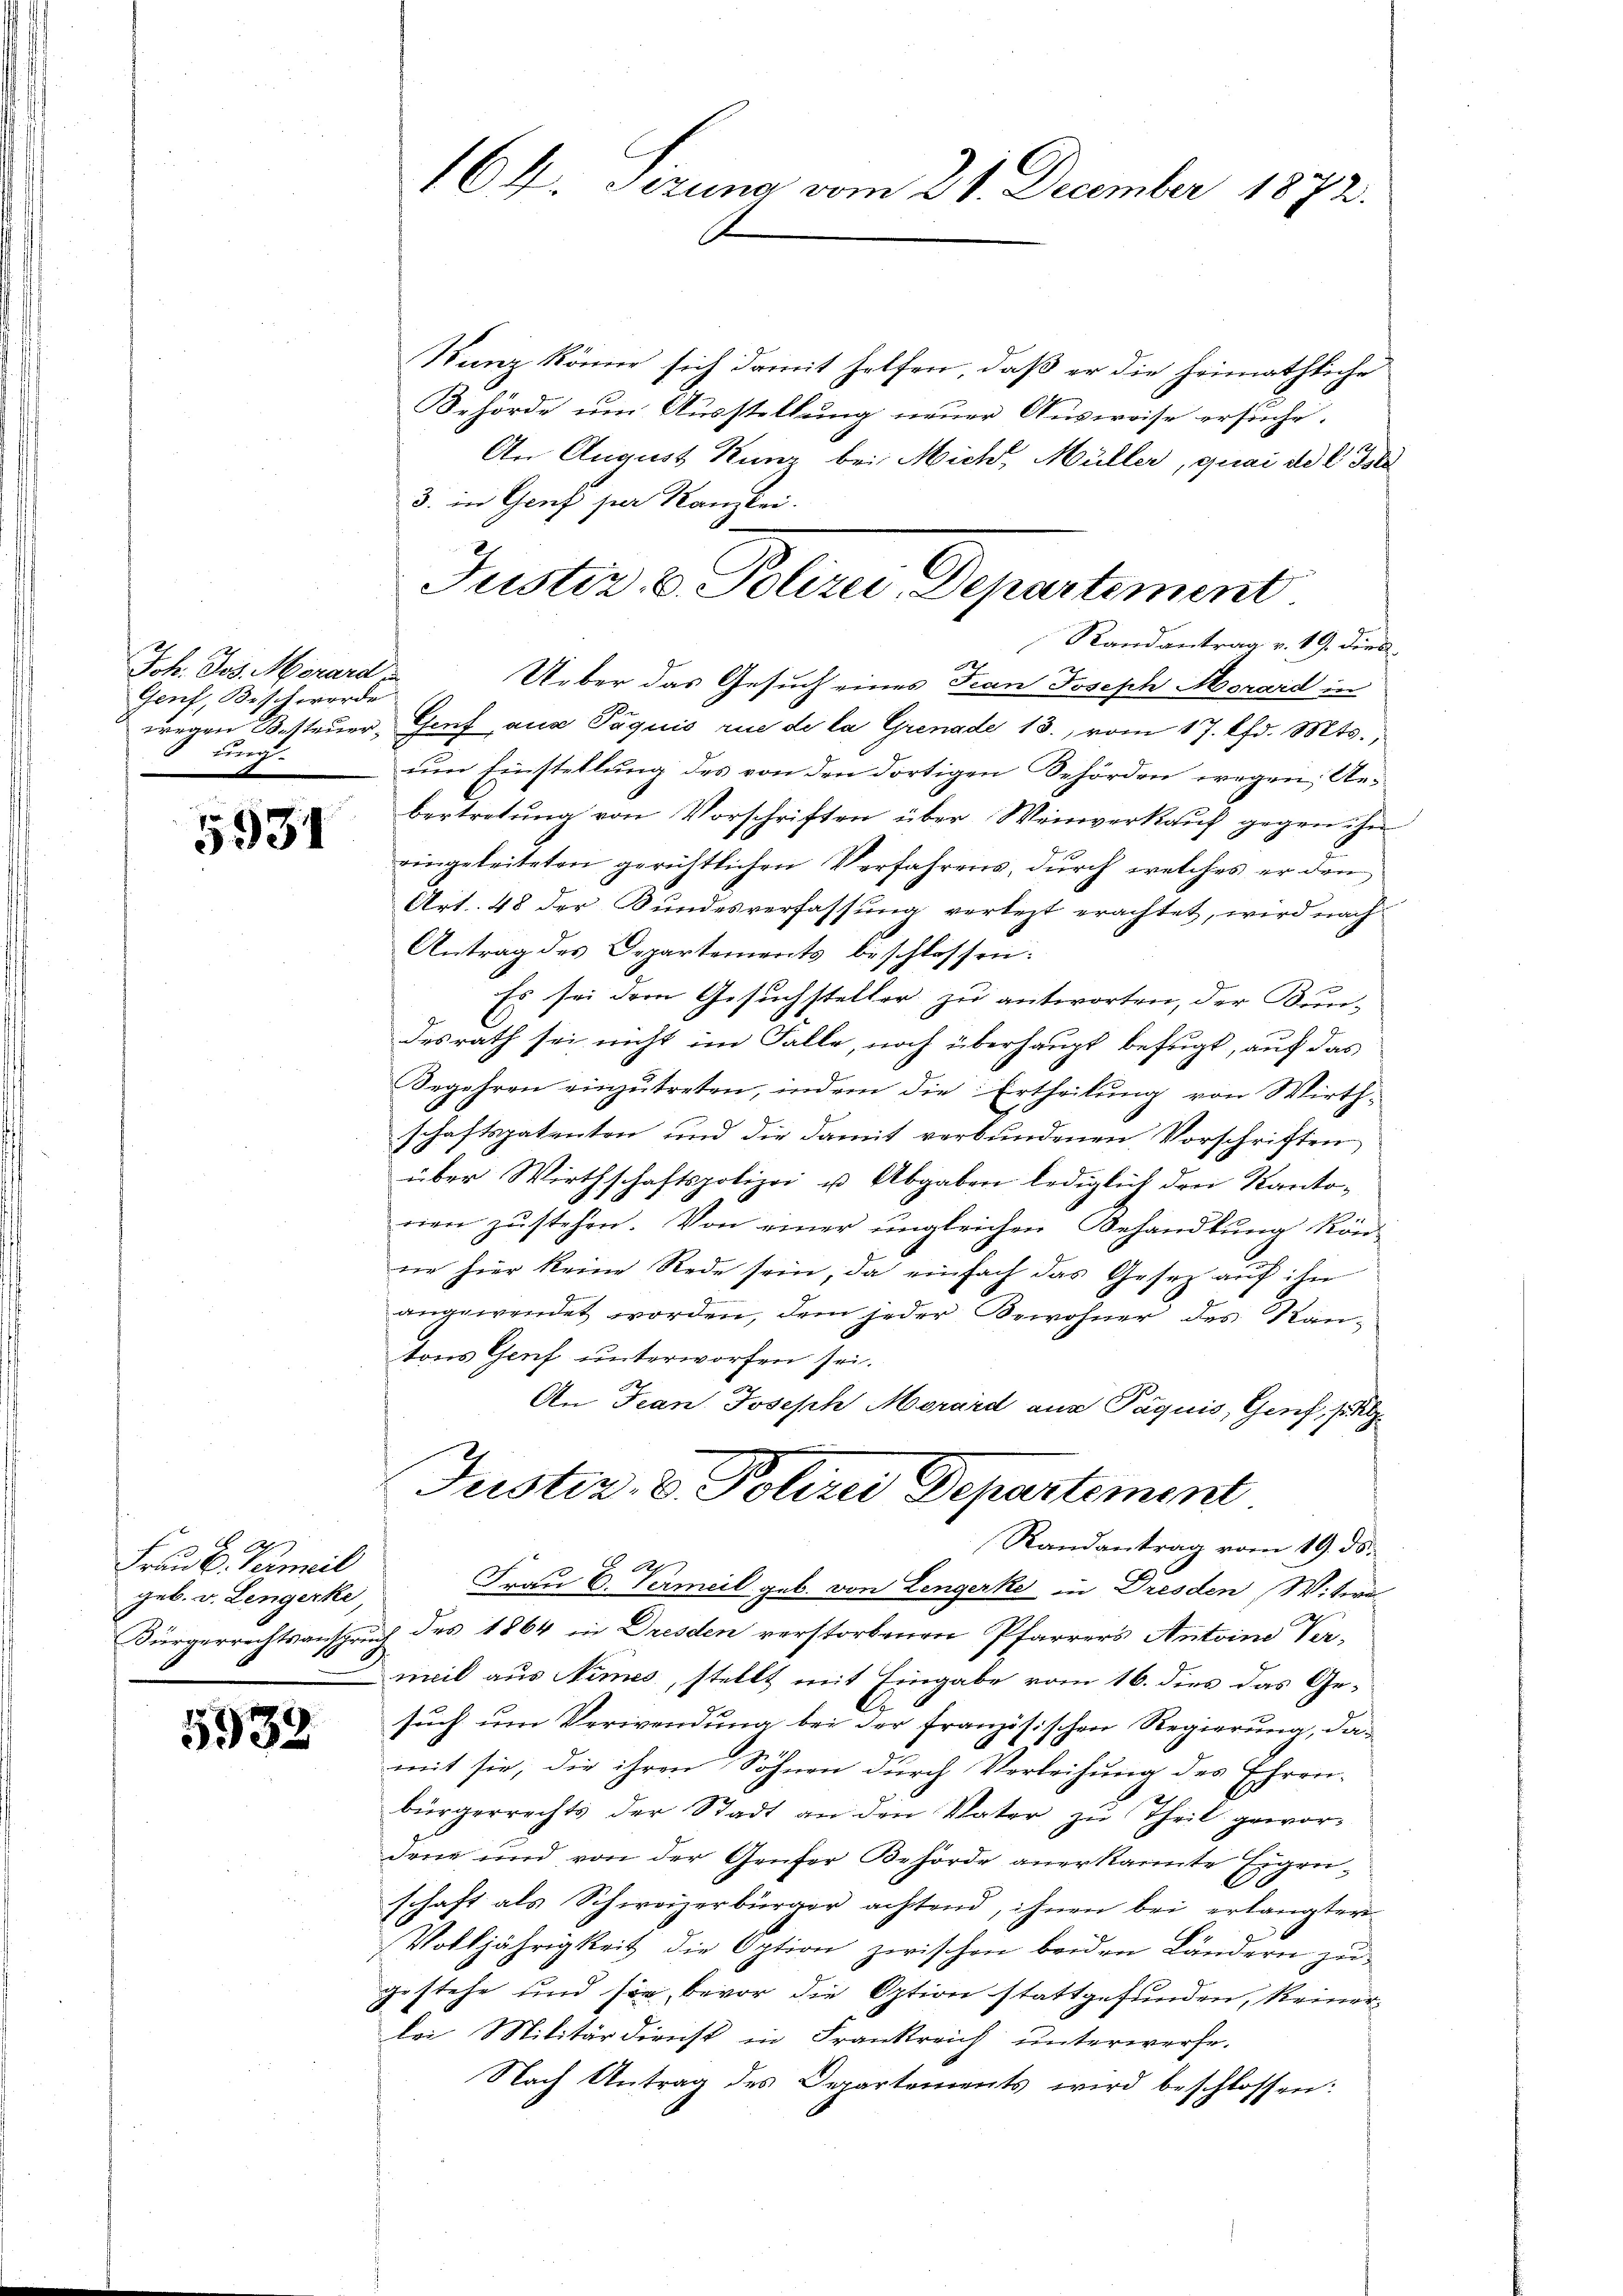
Joh. Jos. Merard,
Genf, Bisch werde
g

5931

Frau b. Termil
geb. v. Lengerke,

5933

164. Sezuna vom 21. December 1872.

Sinz könne sich damit helfen, daß er die heimathliche
Behörde um Ausstellung neuer Ausweise ersuche.
An August Kunz bei Mich, Müller, quai ad 1. Poli
3. in Genf per Kanzlei.
Randantrag v. 19. ders.
Ueber das Gesuch eines Frau Joseph Morard in
wegen Besteuer, Genf aus Paquis rue de la Grenade 13. vom 17. Chr. Mts.,
um Einstellung des von den dortigen Behörden wegen, Gebertretung von Vorschriften über Weinverkauf gegen ihn
eingeleiteten gerichtlichen Verfahrens, durch welches er den
Art. 48 der Bundesverfassung verlezt erachtet, wird nach
Antrag des Departements beschlossen:
Es sei dem Gesuchsteller zu antworten, der Kun-
desrath sei nicht im Falle, noch überhaupt befugt, auf das
Begehren einzutreten, indem die Ertheilung von Wirthschaftspatenton und die damit verbundenen Vorschriften
über Wirthschaftspolizei u Abgaben lediglich drei Kantonen zŭstehen. Von einer ungleichen Behandlŭng kön-
die hier keine Rede sein, da einfach das Gesez aŭf ihn
angewendet worden, dem jeder Bewohner des Kantons Genf unterworfen sei.
An Jean Joseph Morard aus Paquis, Genf, Zu
Justiz- & Polizei Departement
Randantrag vom 19. ds.
Frau E. Vermeil geb. von Lengerke in Dresden Witwe
Bürgerrechtsanspruch des 1864 in Dresden verstorbenen Pfarrers Antoine Vermeil aus Nemes, stellt mit Eingabe vom 16. dies das Gesuch um Verwendung bei der französischen Regierung, damit sie, die ihren Söhnen durch Verleihung des Ehren-
1.
bürgerrechts der Stadt an den Vater zu Theil gewordene und von der Genfer Behörde anerkannte Eigenschaft als Schweizerbürger achtend, ihnen bei erlangter
Volljährigkeit die Option zwischen beiden Ländern zu
gestehe und sie bevor die Option stattgefunden, keinerlei Militärdienst in Frankreich unterwerfe.
Nach Antrag des Departements wird beschlossen:

Justiz u. Polizei Departement